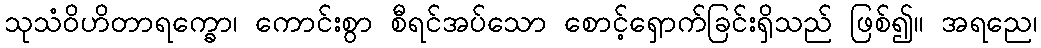
သုသံဝိဟိတာရက္ခော၊ ကောင်းစွာ စီရင်အပ်သော စောင့်ရှောက်ခြင်းရှိသည် ဖြစ်၍။ အရညေ၊